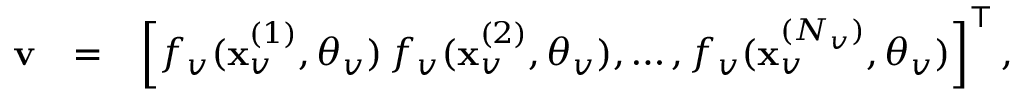
\begin{array} { r l r } { { \bf v } } & { = } & { \left[ f _ { v } ( \mathbf { x } _ { v } ^ { ( 1 ) } , \boldsymbol { \theta } _ { v } ) \, f _ { v } ( \mathbf { x } _ { v } ^ { ( 2 ) } , \boldsymbol { \theta } _ { v } ) , \dots , f _ { v } ( \mathbf { x } _ { v } ^ { ( { N _ { v } } ) } , \boldsymbol { \theta } _ { v } ) \right] ^ { \top } , } \end{array}